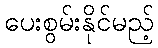
ပေးစွမ်းနိုင်မည့်